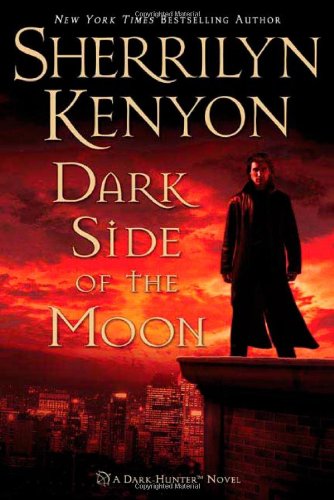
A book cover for Dark Side of the Moon (Dark-Hunter); Sherrilyn Kenyon; Romance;